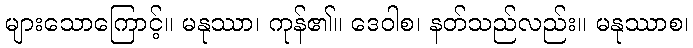
များသောကြောင့်။ မနုဿာ၊ ကုန်၏။ ဒေဝါစ၊ နတ်သည်လည်း။ မနုဿာစ၊